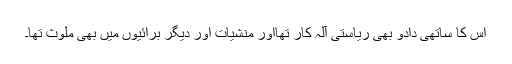
اس کا ساتھی دادو بھی ریاستی آلہ کار تھااور منشیات اور دیگر برائیوں میں بھی ملوث تھا۔